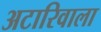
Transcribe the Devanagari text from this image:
अटारिवाला